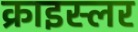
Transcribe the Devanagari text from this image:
क्राइस्लर